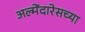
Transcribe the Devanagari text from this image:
अल्मेंदारेसच्या